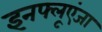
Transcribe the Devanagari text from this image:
इनफ्लूएंजा